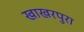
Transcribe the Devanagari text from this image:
खाखरपुरा